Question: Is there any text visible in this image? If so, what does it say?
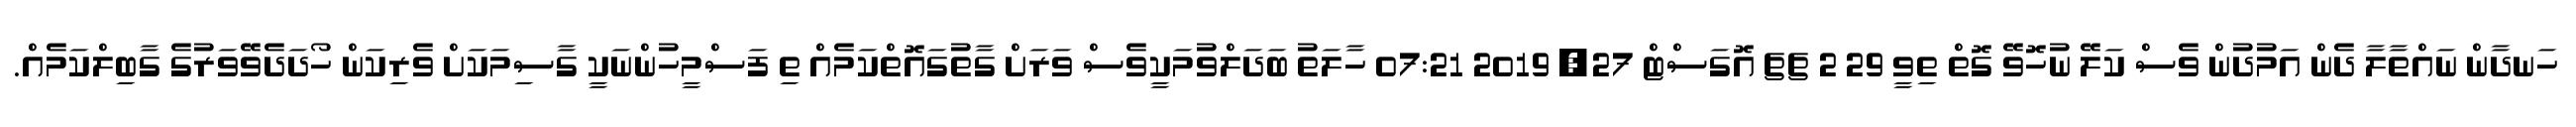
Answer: ހަނދާން ނައްތާލާ ދެން އަމުދުން ވެސް ކަލޭ ނުހޮވޭ ގޮތް ތިވީ 29 2 ޗޗ އޮގަސްޓް 27, 2019 07:21 ހާލަތު ބަދަލްވުމަކީވެސް ވަރަށް ގާތުގައޮތްކަމެއް ތި ފަސްމީހުންނަކީ ގާސިމަކަށް ވެރިކަން ހޯދަދެވޭވަރުގެ ގާބިލްކަމެއް.